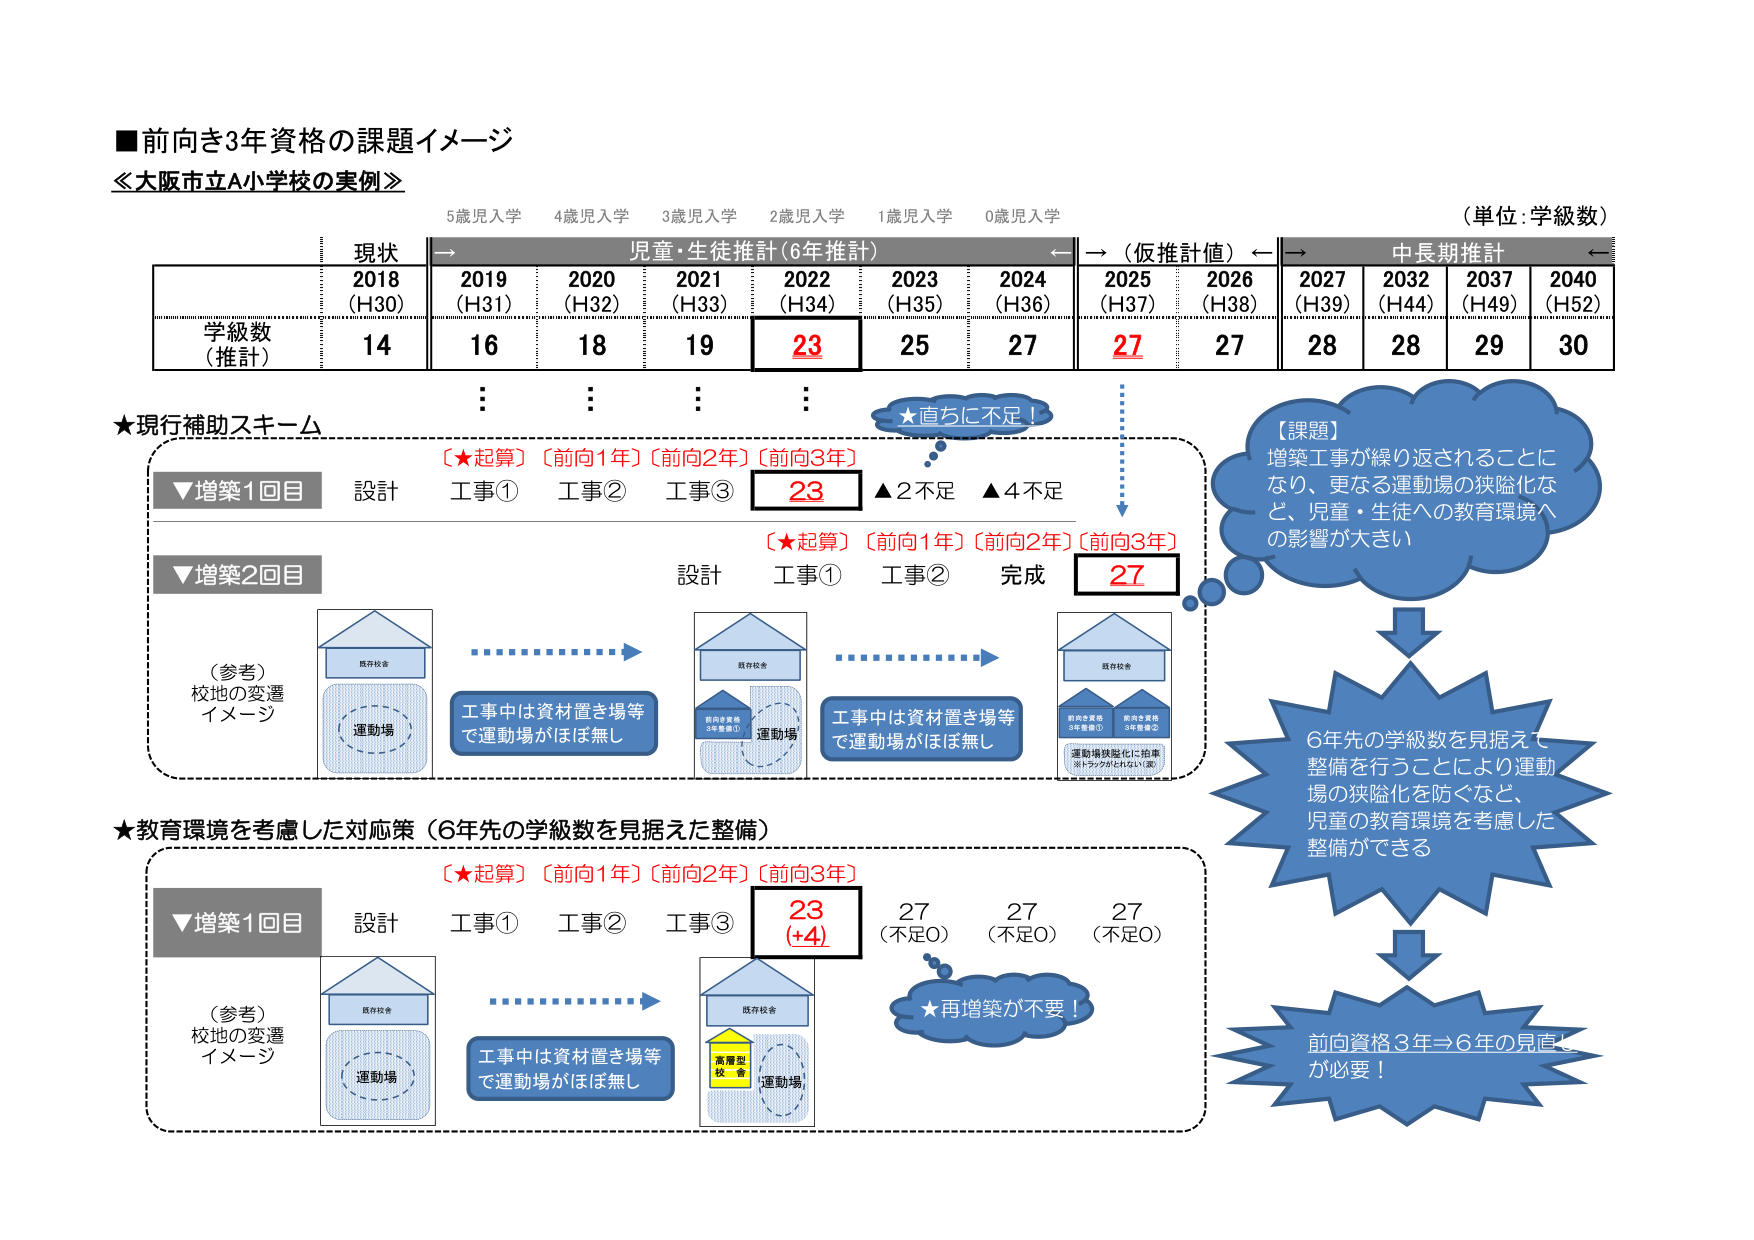
■前向き3年資格の課題イメージ
≪大阪市立A小学校の実例≫

（単位：学級数）

5歳児入学　4歳児入学　3歳児入学　2歳児入学　1歳児入学　0歳児入学

現状　→　児童・生徒推計（6年推計）　←　→（仮推計値）←　→　中長期推計　←

2018　2019　2020　2021　2022　2023　2024　2025　2026　2027　2032　2037　2040
（H30）（H31）（H32）（H33）（H34）（H35）（H36）（H37）（H38）（H39）（H44）（H49）（H52）

学級数
（推計）　14　16　18　19　23　25　27　27　27　28　28　29　30

★現行補助スキーム

▼増築1回目　設計　工事①　工事②　工事③　23　▲2不足　▲4不足

▼増築2回目　設計　工事①　工事②　完成　27

（参考）
校地の変遷
イメージ

既存校舎
運動場

工事中は資材置き場等
で運動場がほぼ無し

既存校舎
前向き資格
（増築第①）
運動場

工事中は資材置き場等
で運動場がほぼ無し

既存校舎
前向き資格
（増築第①）
前向き資格
（増築第②）
運動場狭隘化に拍車
（※トラックがとれない等）

【課題】
増築工事が繰り返されることに
なり、更なる運動場の狭隘化な
ど、児童・生徒への教育環境へ
の影響が大きい

★直ちに不足！

（★起算）〔前向1年〕〔前向2年〕〔前向3年〕

（★起算）〔前向1年〕〔前向2年〕〔前向3年〕

6年先の学級数を見据えて
整備を行うことにより運動
場の狭隘化を防ぐなど、
児童の教育環境を考慮した
整備ができる

★教育環境を考慮した対応策（6年先の学級数を見据えた整備）

▼増築1回目　設計　工事①　工事②　工事③　23
（+4）　27　27　27
（不足0）（不足0）（不足0）

（参考）
校地の変遷
イメージ

既存校舎
運動場

工事中は資材置き場等
で運動場がほぼ無し

既存校舎
高層型
校舎
運動場

★再増築が不要！

前向資格3年⇒6年の見直し
が必要！

（★起算）〔前向1年〕〔前向2年〕〔前向3年〕